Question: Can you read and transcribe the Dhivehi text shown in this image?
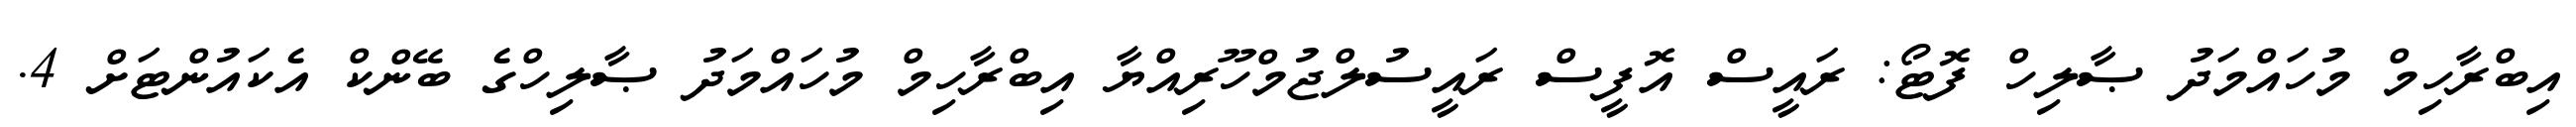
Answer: އިބްރާހިމް މުހައްމަދު ޞާލިހް ފޮޓޯ: ރައީސް އޮފީސް ރައީސުލްޖުމްހޫރިއްޔާ އިބްރާހިމް މުހައްމަދު ޞާލިހްގެ ބޭންކް އެކައުންޓަށް 4.